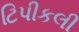
ટિપીકલી